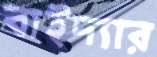
বাইদ্যার